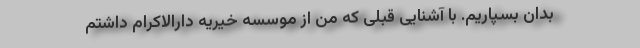
بدان بسپاریم. با آشنایی قبلی که من از موسسه خیریه دارالاکرام داشتم